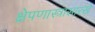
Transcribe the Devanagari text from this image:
क्षेपणास्त्रासारखे